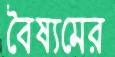
বৈষ্যমের